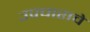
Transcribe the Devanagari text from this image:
उपचाराचे